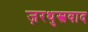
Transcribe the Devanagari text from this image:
ज़रथुस्त्रवाद